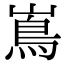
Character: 嶌